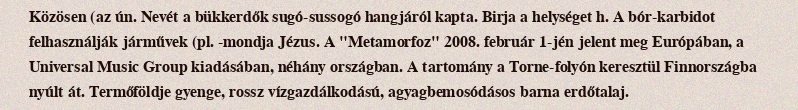
Közösen (az ún. Nevét a bükkerdők sugó-sussogó hangjáról kapta. Birja a helységet h. A bór-karbidot felhasználják járművek (pl. -mondja Jézus. A "Metamorfoz" 2008. február 1-jén jelent meg Európában, a Universal Music Group kiadásában, néhány országban. A tartomány a Torne-folyón keresztül Finnországba nyúlt át. Termőföldje gyenge, rossz vízgazdálkodású, agyagbemosódásos barna erdőtalaj.